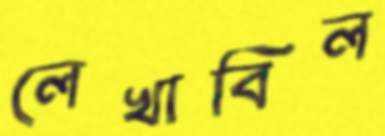
লেখাবিল